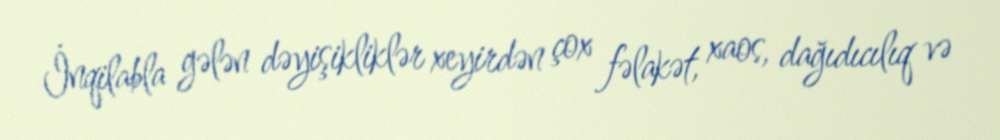
İnqilabla gələn dəyişikliklər xeyirdən çox fəlakət, xaos, dağıdıcılıq və